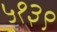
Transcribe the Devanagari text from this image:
५१३९